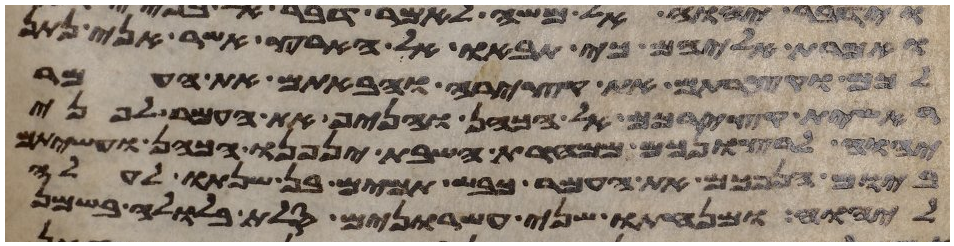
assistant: ואמרת אליהם כי תבאו אל הארץ אשר אני נתן
לכם וקצרתם את קצירה והבאתם את העמר
ראשית קצירכם אל הכהן והניף את העמר לפני
יהוה לרצונכם ממחרת השבת יניפנו הכהן ועשיתם
ביום הנפכם את העמר כבש תמים בן שנתו לעלה
ליהוה ומנחתו שני עשרנים סלת בלולה בשמן